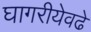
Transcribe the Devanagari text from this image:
घागरीयेवढे